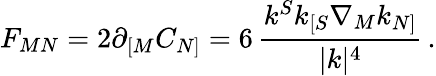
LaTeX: F_{MN}=2\partial_{[M}C_{N]}=6\, {\frac{k^{S}k_{[S}\nabla_{M}k_{N]}}{|k|^{4}}}\, .